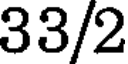
33/2